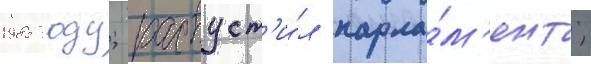
1985 году; распуст'и́л парла́м'ент;